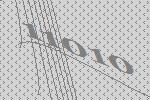
11010